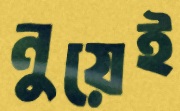
নুয়েই